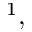
^ { 1 } ,